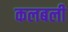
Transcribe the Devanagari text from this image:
कलबली